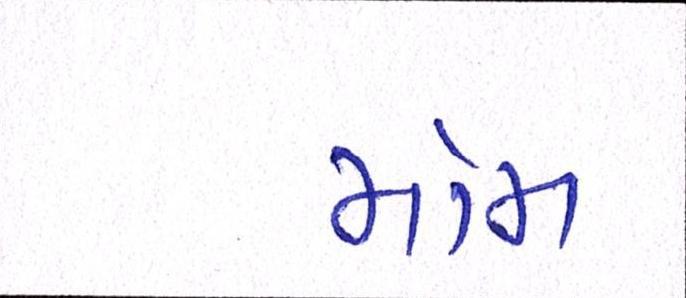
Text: મોમ